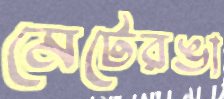
মেটেরঙা